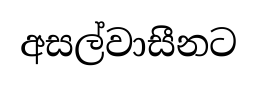
අසල්වාසීනට